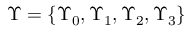
\boldsymbol { \Upsilon } = \left\lbrace \Upsilon _ { 0 } , \Upsilon _ { 1 } , \Upsilon _ { 2 } , \Upsilon _ { 3 } \right\rbrace